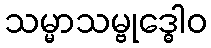
သမ္မာသမ္ဗုဒ္ဓေါဝ